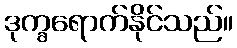
ဒုက္ခရောက်နိုင်သည်။